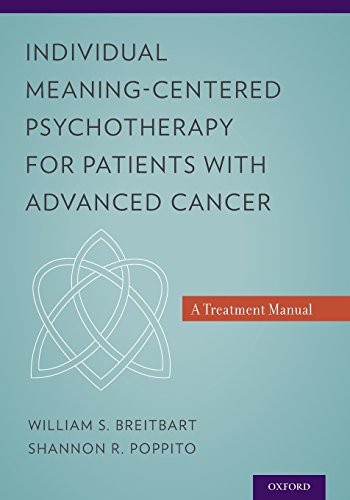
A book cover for Individual Meaning-Centered Psychotherapy for Patients with Advanced Cancer: A Treatment Manual; William S. Breitbart; Self-Help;